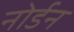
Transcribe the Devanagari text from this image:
नोर्डन